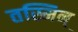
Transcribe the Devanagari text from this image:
तस्मिन्‌